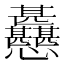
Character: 𢦊